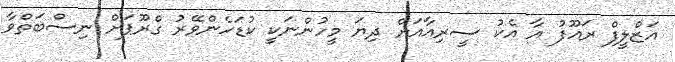
އަޒްލީފް ރައޫފު އާ އެކު ސީރިއާއަށް ދިޔަ މީހުންނަކީ ކުޑަހެންވޭރު ގްރޫޕަށް ނިސްބަތްވާ